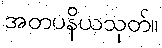
အတပနိယသုတ်။